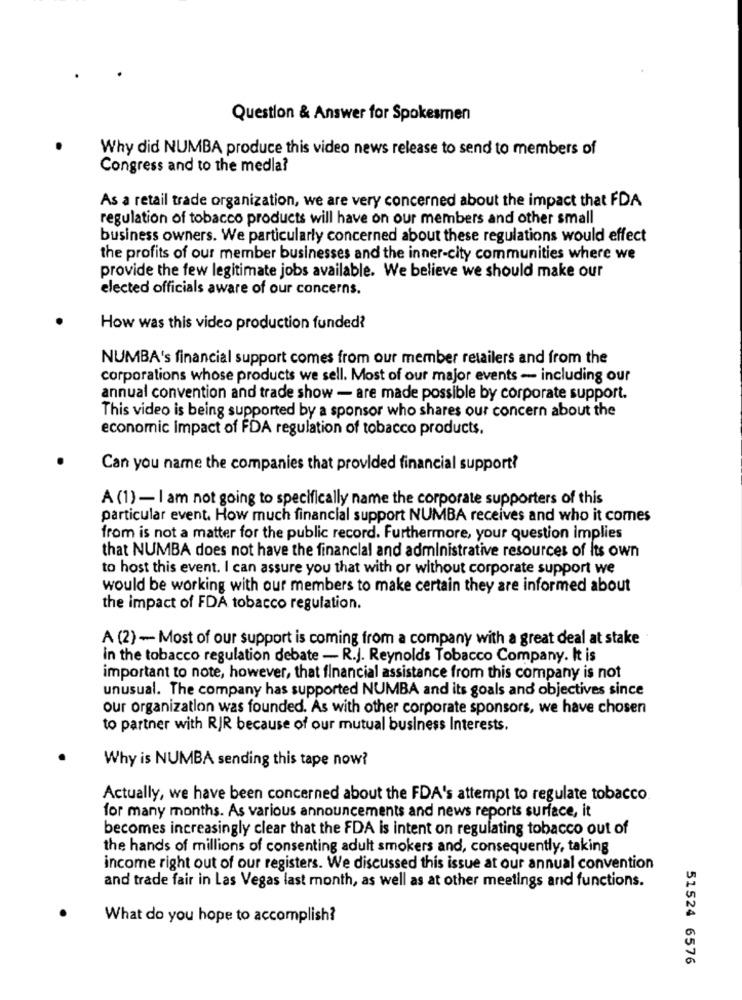
Question & Answer for Spokesmen
Why did NUMBA produce this video news release to send to members of
Congress and to the medla?
As a retail trade organization, we are very concerned about the impact that FDA
regulation of tobacco products will have on our members and other small
business owners. We particularly concerned about these regulations would effect
the profits of our member businesses and the inner-city communities where we
provide the few legitimate jobs available. We believe we should make our
elected officials aware of our concerns.
How was this video production funded?
NUMBA's financial support comes from our member retailers and from the
corporations whose products we sell. Most of our major events - including our
annual convention and trade show - are made possible by corporate support.
This video is being supported by a sponsor who shares our concern about the
economic impact of FDA regulation of tobacco products.
Can you name the companies that provided financial support?
A (1) - I am not going to specifically name the corporate supporters of this
particular event. How much financial support NUMBA receives and who it comes
from is not a matter for the public record. Furthermore, your question implies
that NUMBA does not have the financial and administrative resources of Its own
to host this event. I can assure you that with or without corporate support we
would be working with our members to make certain they are informed about
the impact of FDA tobacco regulation.
A (2) - Most of our support is coming from a company with a great deal at stake
in the tobacco regulation debate - R.J. Reynolds Tobacco Company. It is
important to note, however, that financial assistance from this company is not
unusual. The company has supported NUMBA and its goals and objectives since
our organization was founded. As with other corporate sponsors, we have chosen
to partner with RIR because of our mutual business Interests.
Why is NUMBA sending this tape now?
Actually, we have been concerned about the FDA's attempt to regulate tobacco
for many months. As various announcements and news reports surface, it
becomes increasingly clear that the FDA is intent on regulating tobacco out of
the hands of millions of consenting adult smokers and, consequently, taking
income right out of our registers. We discussed this issue at our annual convention
and trade fair in Las Vegas last month, as well as at other meetings and functions.
What do you hope to accomplish?
51524 6576